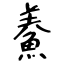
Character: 鯗